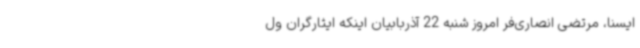
ایسنا، مرتضی انصاری‌فر امروز شنبه 22 آذربابیان اینکه ایثارگران ول